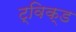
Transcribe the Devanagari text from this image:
ट्विक्ड